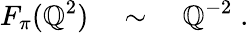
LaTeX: F_{\pi}(\mathbb{Q}^{2})\quad\sim\quad\mathbb{Q}^{-2}\; .